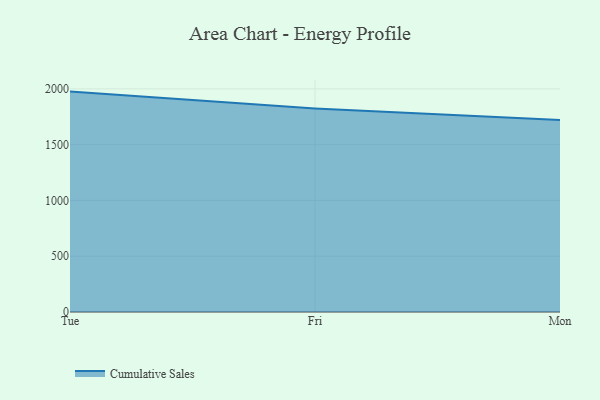
{"axis": {"x": "Day", "y": "Website Visitors"}, "legend": ["Cumulative Sales"], "data": [{"x": "Tue", "y": 1975.4, "type": "Cumulative Sales"}, {"x": "Fri", "y": 1824.2, "type": "Cumulative Sales"}, {"x": "Mon", "y": 1721.2, "type": "Cumulative Sales"}]}